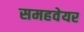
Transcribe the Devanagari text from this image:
समहवेयर